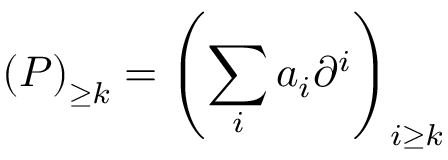
\left( P \right) _ { \geq k } = \left( \sum _ { i } a _ { i } \partial ^ { i } \right) _ { i \geq k }